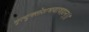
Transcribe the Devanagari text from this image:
मृत्युक्लेशभयावहान्।।